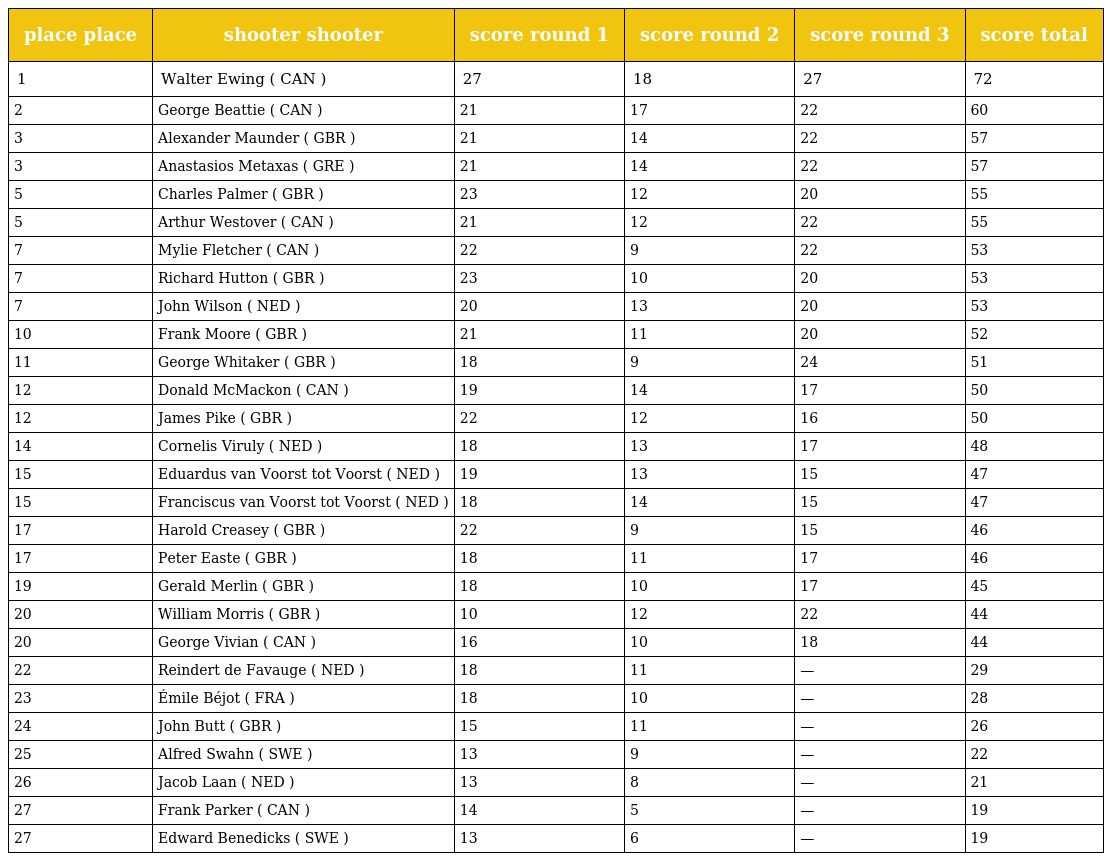
| place place | shooter shooter | score round 1 | score round 2 | score round 3 | score total |
 | --- | --- | --- | --- | --- | --- |
 | 1 | Walter Ewing ( CAN ) | 27 | 18 | 27 | 72 |
 | 2 | George Beattie ( CAN ) | 21 | 17 | 22 | 60 |
 | 3 | Alexander Maunder ( GBR ) | 21 | 14 | 22 | 57 |
 | 3 | Anastasios Metaxas ( GRE ) | 21 | 14 | 22 | 57 |
 | 5 | Charles Palmer ( GBR ) | 23 | 12 | 20 | 55 |
 | 5 | Arthur Westover ( CAN ) | 21 | 12 | 22 | 55 |
 | 7 | Mylie Fletcher ( CAN ) | 22 | 9 | 22 | 53 |
 | 7 | Richard Hutton ( GBR ) | 23 | 10 | 20 | 53 |
 | 7 | John Wilson ( NED ) | 20 | 13 | 20 | 53 |
 | 10 | Frank Moore ( GBR ) | 21 | 11 | 20 | 52 |
 | 11 | George Whitaker ( GBR ) | 18 | 9 | 24 | 51 |
 | 12 | Donald McMackon ( CAN ) | 19 | 14 | 17 | 50 |
 | 12 | James Pike ( GBR ) | 22 | 12 | 16 | 50 |
 | 14 | Cornelis Viruly ( NED ) | 18 | 13 | 17 | 48 |
 | 15 | Eduardus van Voorst tot Voorst ( NED ) | 19 | 13 | 15 | 47 |
 | 15 | Franciscus van Voorst tot Voorst ( NED ) | 18 | 14 | 15 | 47 |
 | 17 | Harold Creasey ( GBR ) | 22 | 9 | 15 | 46 |
 | 17 | Peter Easte ( GBR ) | 18 | 11 | 17 | 46 |
 | 19 | Gerald Merlin ( GBR ) | 18 | 10 | 17 | 45 |
 | 20 | William Morris ( GBR ) | 10 | 12 | 22 | 44 |
 | 20 | George Vivian ( CAN ) | 16 | 10 | 18 | 44 |
 | 22 | Reindert de Favauge ( NED ) | 18 | 11 | — | 29 |
 | 23 | Émile Béjot ( FRA ) | 18 | 10 | — | 28 |
 | 24 | John Butt ( GBR ) | 15 | 11 | — | 26 |
 | 25 | Alfred Swahn ( SWE ) | 13 | 9 | — | 22 |
 | 26 | Jacob Laan ( NED ) | 13 | 8 | — | 21 |
 | 27 | Frank Parker ( CAN ) | 14 | 5 | — | 19 |
 | 27 | Edward Benedicks ( SWE ) | 13 | 6 | — | 19 |